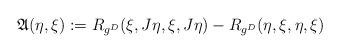
LaTeX: \begin{align*} \mathfrak{A} (\eta,\xi):= R_{g^D}(\xi, J \eta , \xi, J \eta) - R_{g^D}(\eta, \xi, \eta, \xi) \end{align*}